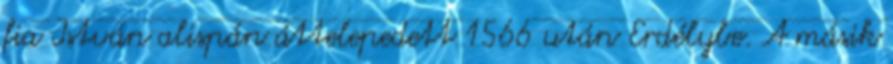
fia István alispán áttelepedett 1566 után Erdélybe. A másik